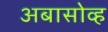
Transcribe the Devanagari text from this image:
अबासोव्ह